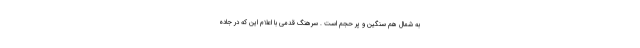
به شمال هم سنگین و پر حجم است . سرهنگ قدمی با اعلام این که در جاده